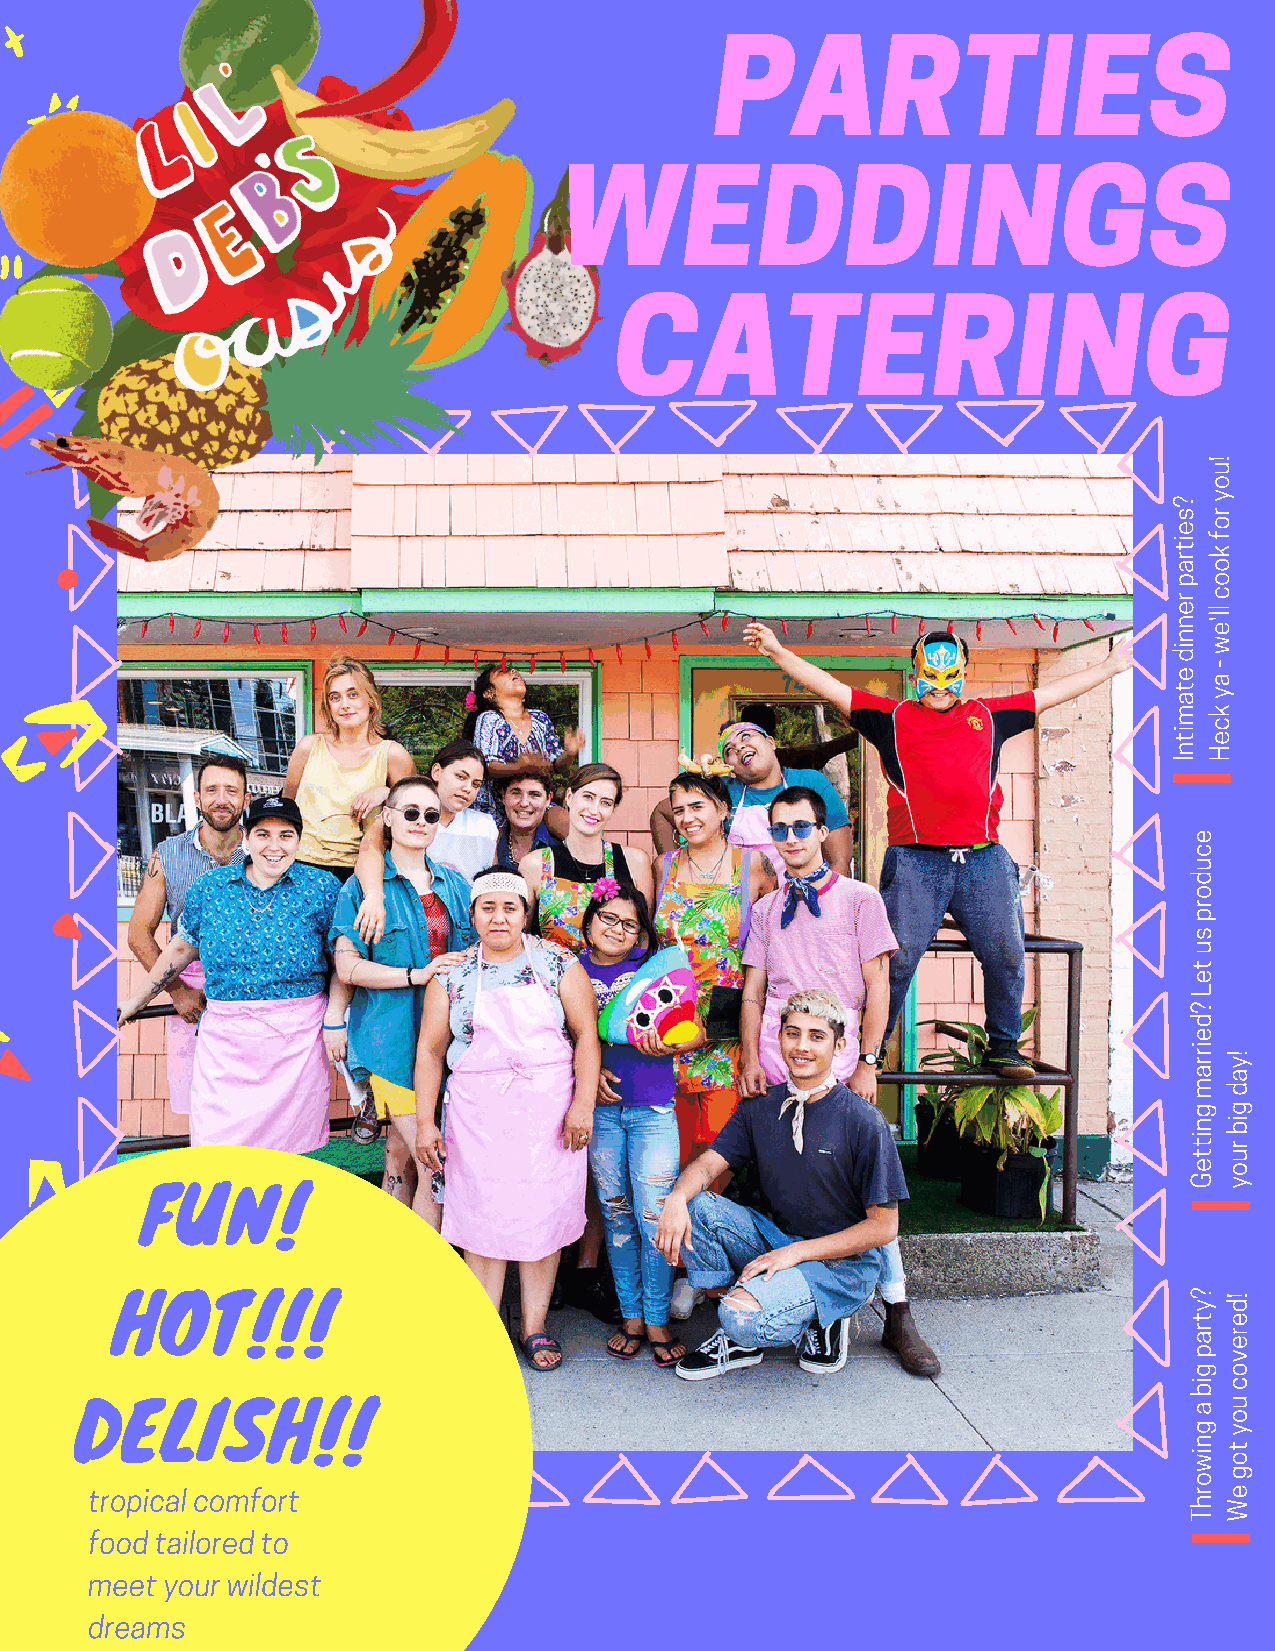
PARTIES
 WEDDINGS
 CATERING
 u!
 o
 s?
 r
 y
 e  o
 ti
 k
 f
 r
 a  o
 p  o
 r  c
 ne e'll
 n
 w
 di
 e  a
 -
 at y
 m  k
 c
 ti e
 n  H
 I
 e
 c
 u
 d
 o
 r
 p
 s
 u
 t
 e
 L
 ?
 d
 e
 rri
 y!
 a  a
 m  d
 g  g
 n  bi
 ti
 r
 t  u
 e  o
 G  y
 FUN!
 HOT!!!
 y? d!
 t  e
 ar er
 p  v
 g  o
 bi c
 a
 u
 DELISH!!
 g
 yo
 n
 t
 wi o
 g
 o
 tropical comfort                                                        r  e
 h  W
 T
 food tailored to
 meet your wildest
 dreams